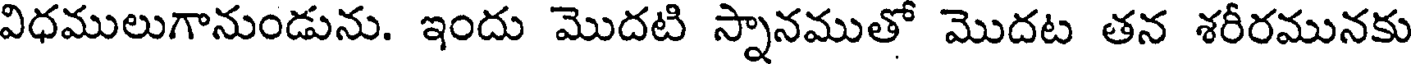
విధములుగానుండును. ఇందు మొదటి స్నానముతో మొదట తన శరీరమునకు